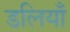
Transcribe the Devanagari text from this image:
डलियाँ